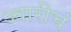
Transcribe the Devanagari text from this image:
ज्वारीचं